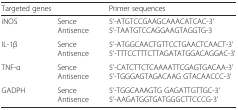
| Targeted genes |  | Primer sequences |
 | --- | --- | --- |
 | iNOS | Sence Antisence | 5'-ATGTCCGAAGCAAACATCAC-3' 5'-TAATGTCCAGGAAGTAGGTG-3 |
 | IL-1β | Sence Antisence | 5'-ATGGCAACTGTTCCTGAACTCAACT-3' 5'-TTTCCTTTCTTAGATATGGACAGGAC-3' |
 | TNF-α | Sence Antisence | 5'-CATCTTCTCAAAATTCGAGTGACAA-3' 5'-TGGGAGTAGACAAG GTACAACCC-3' |
 | GADPH | Sence Antisence | 5'-TGGCAAAGTG GAGATTGTTGC-3' 5'-AAGATGGTGATGGGCTTCCCG-3' |